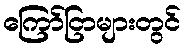
ကြော်ငြာများတွင်